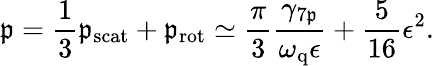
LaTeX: \mathfrak{p}=\frac{{1}}{{3}}\mathfrak{p}_{\mathrm{{scat}}}+\mathfrak{p}_{\mathrm{{rot}}}\simeq\frac{{\pi}}{{3}}\frac{{\gamma_{\mathrm{{7\mathfrak{p}}}}}}{{\omega_{\mathrm{{q}}}\epsilon}}+\frac{{5}}{{16}}\epsilon^{2}.